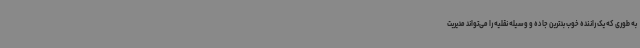
به طوری که یک راننده خوب بدترین جاده و وسیله نقلیه را می‌تواند مدیریت